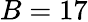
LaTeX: B=17